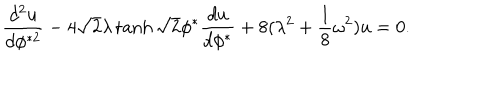
{ \frac { d ^ { 2 } u } { d \phi ^ { * 2 } } } - 4 \sqrt { 2 } \lambda \tanh \sqrt { 2 } \phi ^ { * } { \frac { d u } { d \phi ^ { * } } } + 8 ( \lambda ^ { 2 } + { \frac { 1 } { 8 } } \omega ^ { 2 } ) u = 0 .